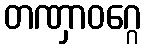
တဏှာဝဂ္ဂေ